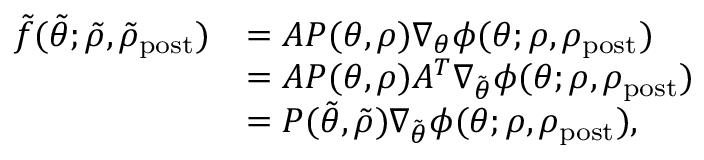
\begin{array} { r l } { \tilde { f } ( \tilde { \theta } ; \tilde { \rho } , \tilde { \rho } _ { \mathrm { p o s t } } ) } & { = A P ( \theta , \rho ) \nabla _ { \theta } \phi ( \theta ; \rho , \rho _ { \mathrm { p o s t } } ) } \\ & { = A P ( \theta , \rho ) A ^ { T } \nabla _ { \tilde { \theta } } \phi ( \theta ; \rho , \rho _ { \mathrm { p o s t } } ) } \\ & { = P ( \tilde { \theta } , \tilde { \rho } ) \nabla _ { \tilde { \theta } } \phi ( \theta ; \rho , \rho _ { \mathrm { p o s t } } ) , } \end{array}